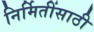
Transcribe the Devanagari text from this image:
निर्मितींसाठी